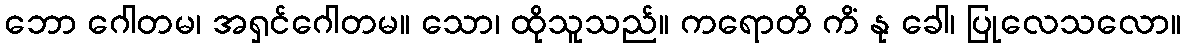
ဘော ဂေါတမ၊ အရှင်ဂေါတမ။ သော၊ ထိုသူသည်။ ကရောတိ ကိံ နု ခေါ၊ ပြုလေသလော။